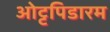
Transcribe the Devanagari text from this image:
ओट्टपिडारम